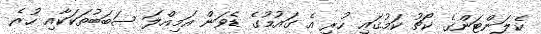
ކެލަންޓަންގެ ކޯޗު ކަމުގައި ހުރި އެ ގައުމުގެ ޑެވަން އަމިއްލަ ސަބަބުތަކަކާއި ހުރެ